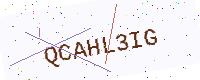
Text: QCAHL3IG